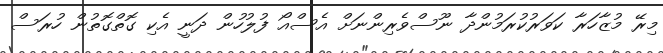
މިރޭ މުޒާހަރާ ކަވަރުކުރަމުންދާ ނޫސްވެރިންނަށް އެސްއޯ ފުލުހުން ދަނީ އެކި ގޮތްގޮތުން ހުރަސް